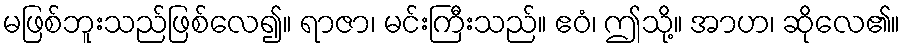
မဖြစ်ဘူးသည်ဖြစ်လေ၍။ ရာဇာ၊ မင်းကြီးသည်။ ဧဝံ၊ ဤသို့။ အာဟ၊ ဆိုလေ၏။